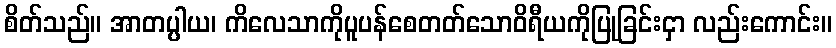
စိတ်သည်။ အာတပ္ပါယ၊ ကိလေသာကိုပူပန်စေတတ်သောဝိရီယကိုပြုခြင်းငှာ လည်းကောင်း။